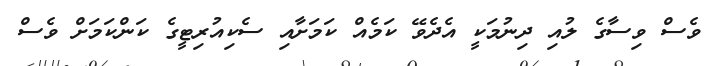
ވެސް ވިސާގެ ލުއި ދިނުމަކީ އެދެވޭ ކަމެއް ކަމަށާއި ސެކިއުރިޓީގެ ކަންކަމަށް ވެސް